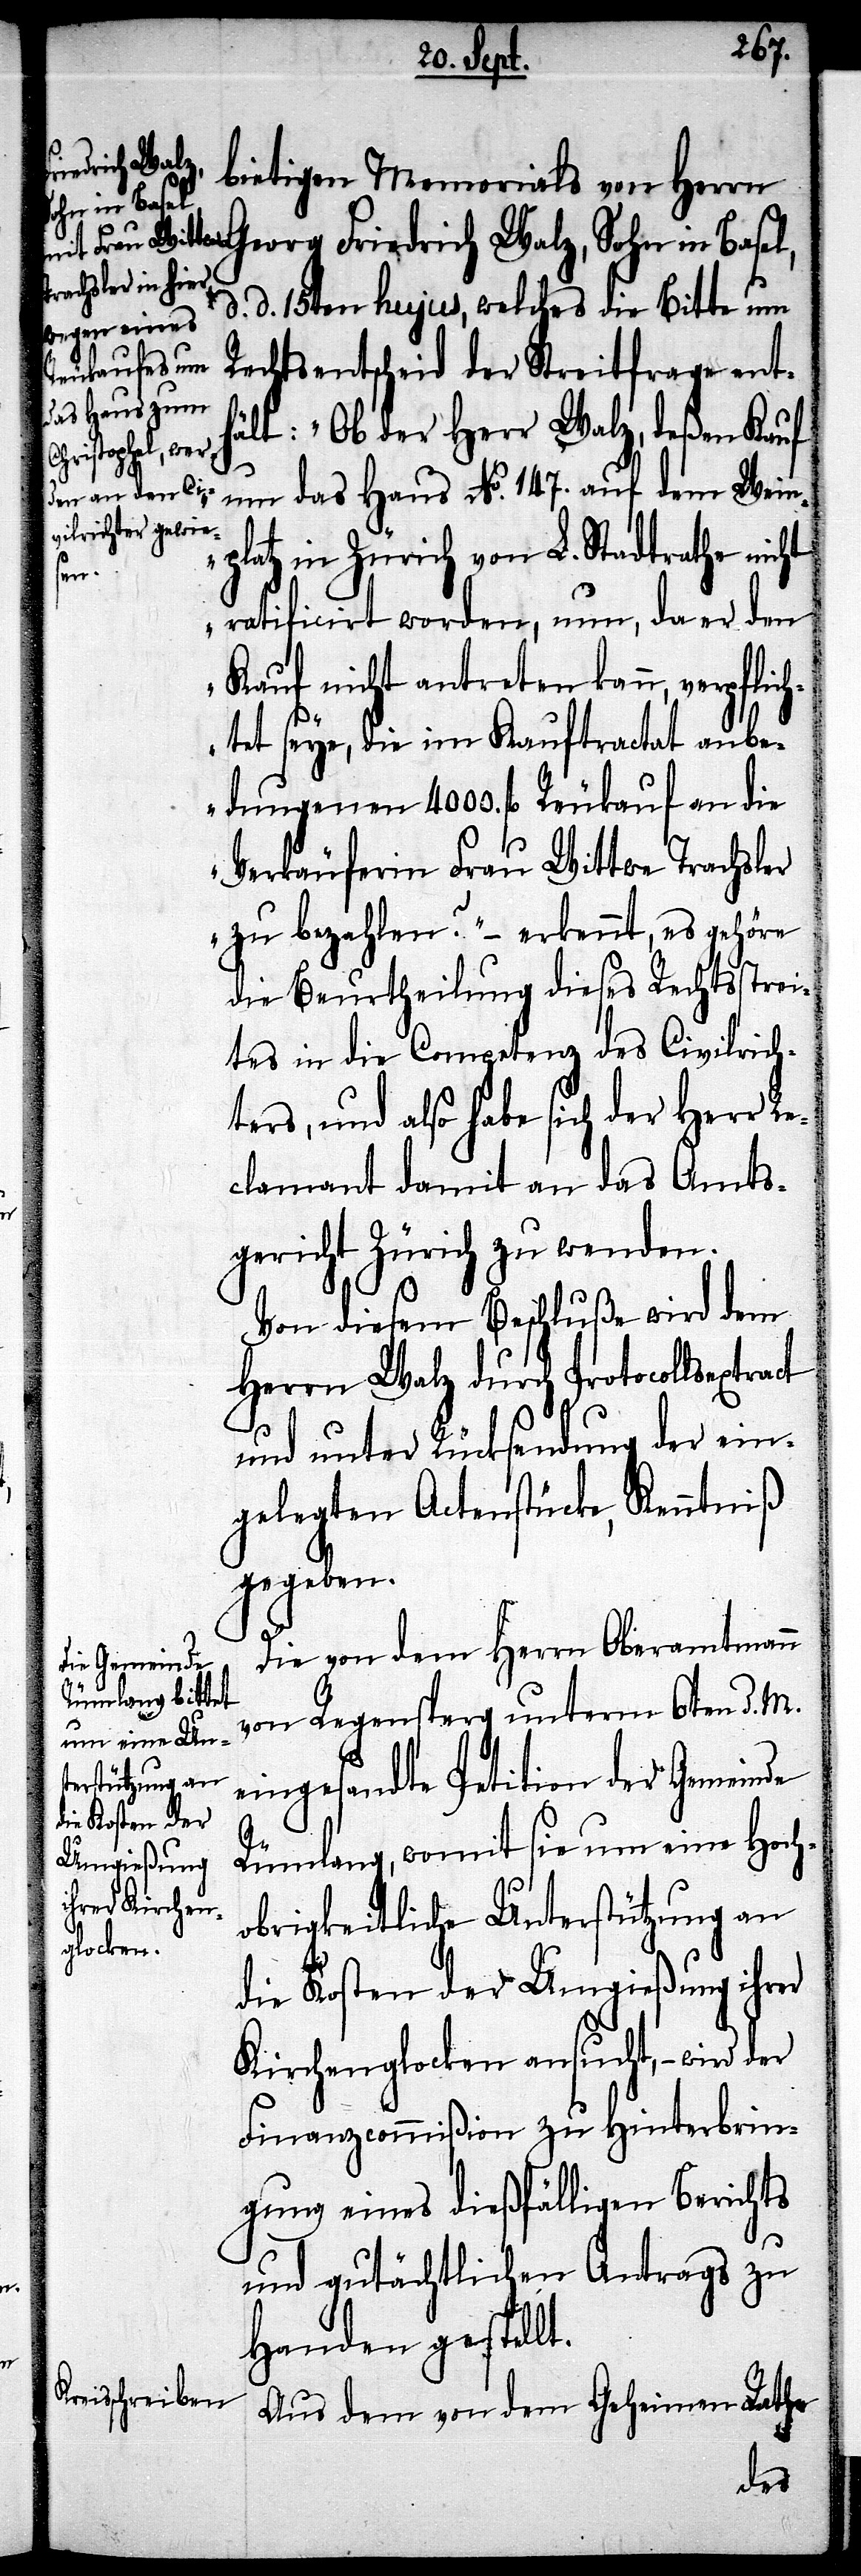
bietigen Memorials von Herrn
Georg Friedrich Walz, Sohn in Basel,
d. d. 15ten hujus, welches die Bitte um
Rechtsentscheid der Streitfrage ent¬
hält: „Ob der Herr Walz, deßen Kauf
um das Haus No. 147. auf dem Wein¬
platz in Zürich von L. Stadtrathe nicht
ct
ratificirt worden, nun, da er den
Kauf nicht antreten kann, verpflic¬
htet seye, die im Kauftractat anbe¬
dungenen 4000. fl. Reukauf an die
Verkäuferin Frau Wittwe Trachsler
zu bezahlen?“ – erkennt, es gehöre
die Beurtheilung dieses Rechtsstrei¬
tes in die Competenz des Civilrich¬
ters, und also habe sich der Herr Re¬
clamant damit an das Amts¬
gericht Zürich zu wenden.
Von diesem Beschluße wird dem
Herrn Walz durch Protocollsextra¬
und unter Rücksendung der ein¬
gelegten Actenstücke, Kenntniß
gegeben.
Die von dem Herrn Oberamtmann
von Regensperg unterm 6ten d. M.
eingesandte Petition der Gemeinde
Rümlang, womit sie um eine hoch¬
obrigkeitliche Unterstützung an
die Kosten der Umgießung ihrer
Kirchenglocken ansucht, – wird der
Finanzcommißion zu Hinterbrin¬
gung eines dießfälligen Berichts
und gutächtlichen Antrags zu
Handen gestellt.
Aus dem von dem Geheimen Rathe